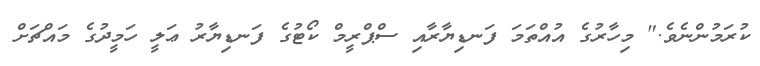
ކުރަމުންނެވެ." މިހާރުގެ އުއްތަމަ ފަނޑިޔާރާއި ސްޕްރީމް ކޯޓުގެ ފަނޑިޔާރު ޢަލީ ހަމީދުގެ މައްޗަށް